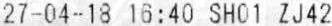
27-04-18 16:40 SH01 ZJ42